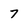
Character: 7